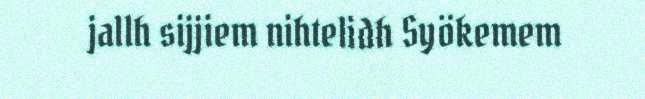
jallh sijjiem nihtelidh Syökemem